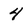
Character: 4